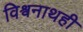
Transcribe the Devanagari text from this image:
विश्वनाथही